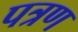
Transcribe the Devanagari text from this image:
पत्रण